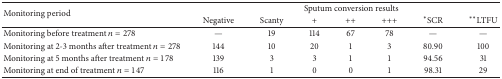
<table><thead><tr><td rowspan="2"><b>Monitoring period</b></td><td colspan="7"><b>Sputum conversion results</b></td></tr><tr><td><b>Negative</b></td><td><b>Scanty</b></td><td><b>+</b></td><td><b>++</b></td><td><b>+++</b></td><td><b><sup><i>∗</i></sup>SCR</b></td><td><b><sup><i>∗∗</i></sup>LTFU</b></td></tr></thead><tbody><tr><td>Monitoring before treatment <i>n</i> = 278</td><td>—</td><td>19</td><td>114</td><td>67</td><td>78</td><td>—</td><td>—</td></tr><tr><td>Monitoring at 2-3 months after treatment <i>n</i> = 278</td><td>144</td><td>10</td><td>20</td><td>1</td><td>3</td><td>80.90</td><td>100</td></tr><tr><td>Monitoring at 5 months after treatment <i>n</i> = 178</td><td>139</td><td>3</td><td>3</td><td>1</td><td>1</td><td>94.56</td><td>31</td></tr><tr><td>Monitoring at end of treatment <i>n</i> = 147</td><td>116</td><td>1</td><td>0</td><td>0</td><td>1</td><td>98.31</td><td>29</td></tr></tbody></table>